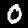
Label: 0